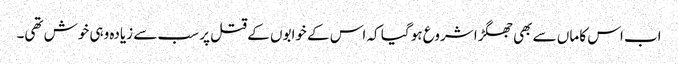
اب اس کا ماں سے بھی جھگڑا شروع ہو گیا کہ اس کے خوابوں کے قتل پر سب سے زیادہ وہی خوش تھی۔